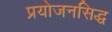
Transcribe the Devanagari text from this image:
प्रयोजनसिद्ध